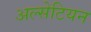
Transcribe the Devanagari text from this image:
अल्सेटियन